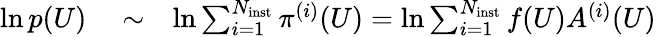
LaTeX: \begin{array}{rlr}{\ln p(U)}&{{}\sim}&{\ln\sum_{i=1}^{N_{\mathrm{inst}}}\pi^{(i)}(U)=\ln\sum_{i=1}^{N_{\mathrm{inst}}}f(U)A^{(i)}(U)}\end{array}